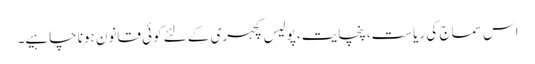
اس سماج کی ریاست، پنچایت، پولیس کچہری کے لئے کوئی قانون ہونا چاہیے۔